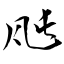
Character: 瓲